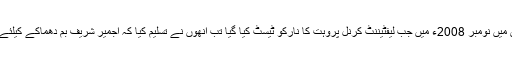
لیکن مالیگاؤں 2008 ء کی تفتیش میں نومبر 2008ء میں جب لیفٹیننٹ کرنل پروہت کا نارکو ٹیسٹ کیا گیا تب انھوں نے تسلیم کیا کہ اجمیر شریف بم دھماکے کیلئے انھں نے ہی RDXمہیا کرایا تھا۔